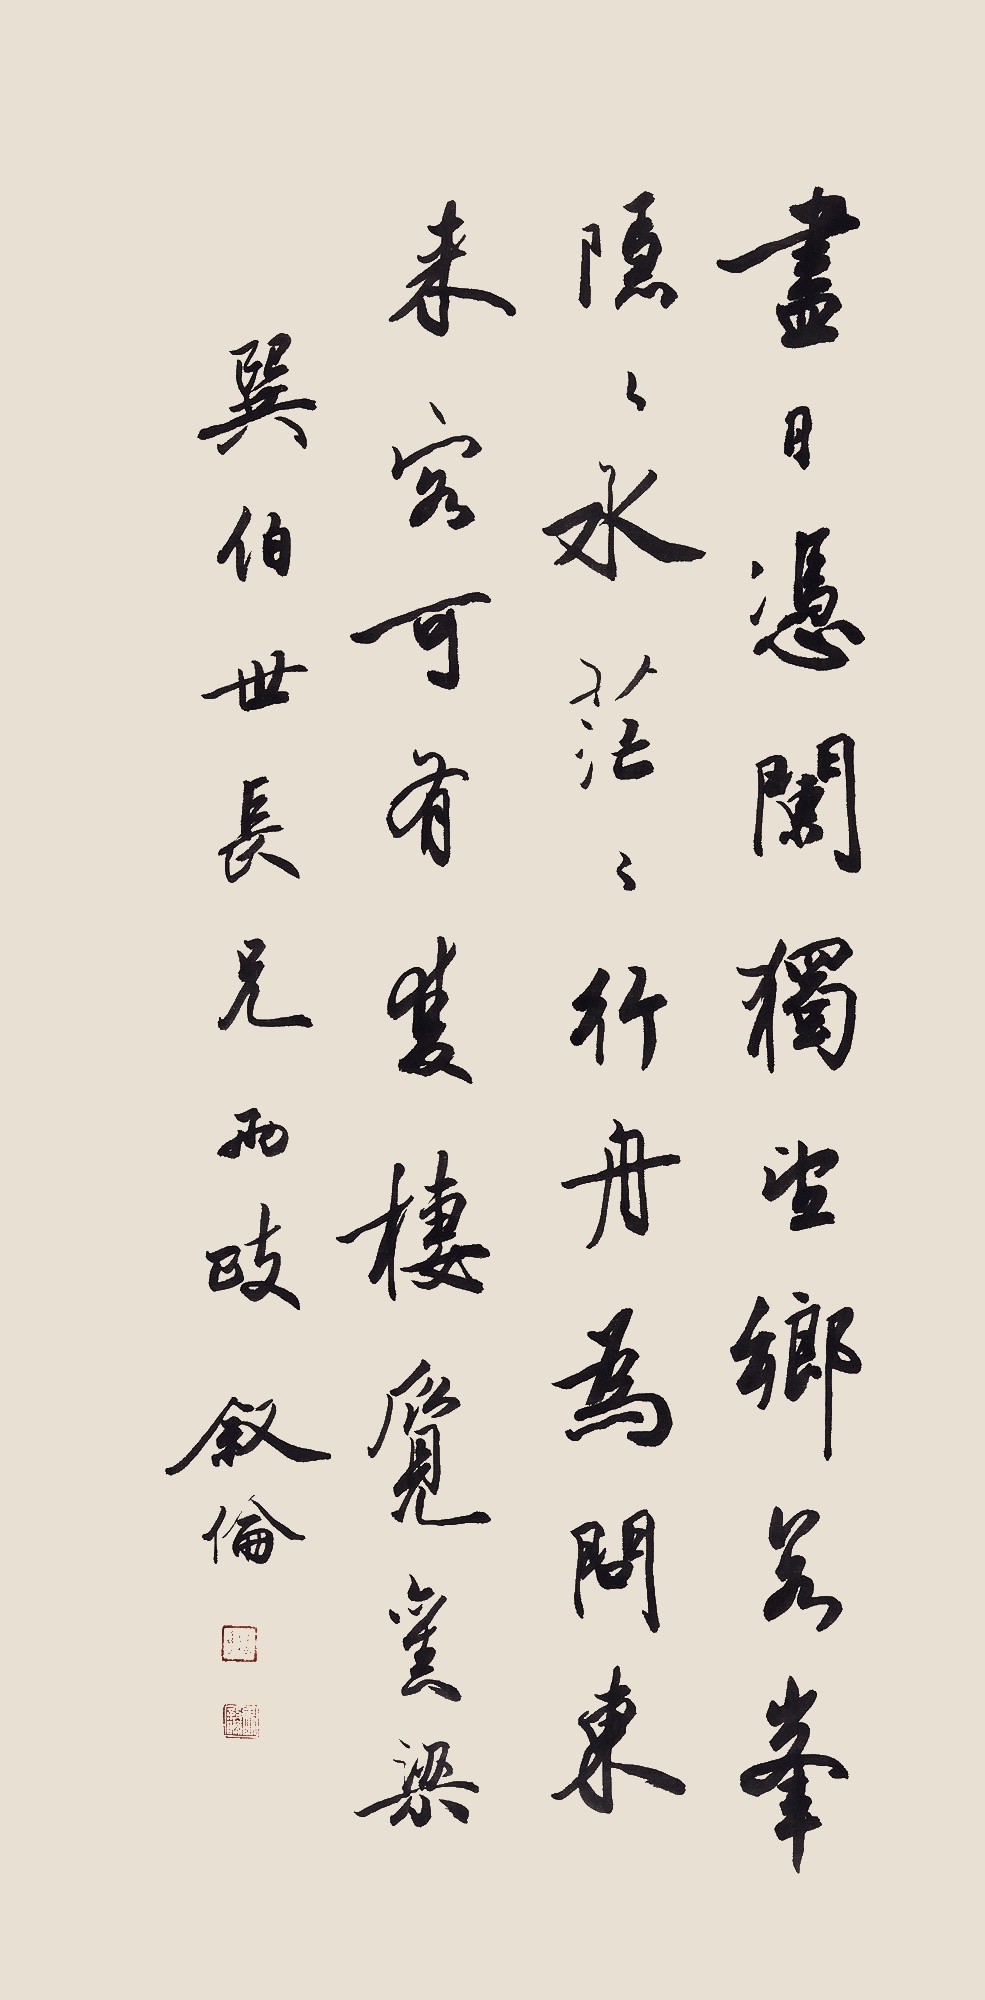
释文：尽日凭栏独望乡，若峰隐隐水茫茫。行舟为问东来客，可有双栖觅旧梁。巽伯世长兄两正。叙伦。